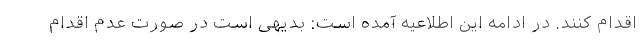
اقدام کنند. در ادامه این اطلاعیه آمده است: بدیهی است در صورت عدم اقدام